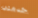
خدمتي